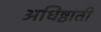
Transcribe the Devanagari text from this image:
अधिष्ठाती